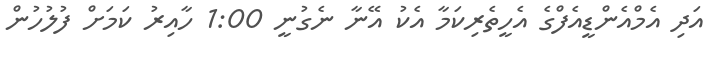
އަދި އެމްއެންޑީއެފްގެ އެހީތެރިކަމާ އެކު އޭނާ ނެގުނީ 1:00 ހާއިރު ކަމަށް ފުލުހުން